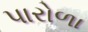
પારોળા